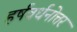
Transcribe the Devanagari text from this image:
हर्षवर्धनोत्तर